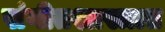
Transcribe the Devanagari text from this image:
संगीतशास्त्रात